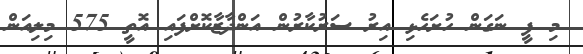
މި ފީ ނަގަން ހުށަހެޅި އިރު ސަރުކާރުން އަންދާޒާކޮށްފައި އޮތީ 575 މިލިއަން